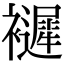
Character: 𧞘